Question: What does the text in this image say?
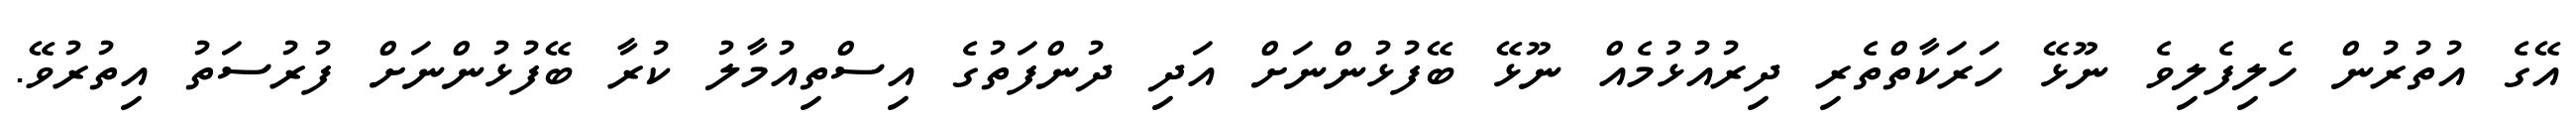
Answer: އޭގެ އުތުރުން ހެލިފެލިވެ ނޫޅޭ ހަރަކާތްތެރި ދިރުއުޅުމެއް ނޫޅޭ ބޭފުޅުންނަށް އަދި ދުންފަތުގެ އިސްތިއުމާލު ކުރާ ބޭފުޅުންނަށް ފުރުސަތު އިތުރުވޭ.